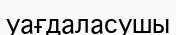
уағдаласушы